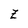
Character: z